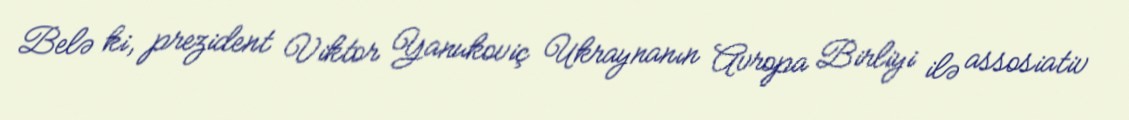
Belə ki, prezident Viktor Yanukoviç Ukraynanın Avropa Birliyi ilə assosiativ